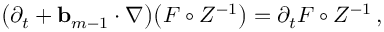
\bigl ( \partial _ { t } + \ensuremath { \mathbf { b } } _ { m - 1 } \cdot \nabla \bigr ) \bigl ( F \circ Z ^ { - 1 } \bigr ) = \partial _ { t } F \circ Z ^ { - 1 } \, ,